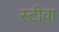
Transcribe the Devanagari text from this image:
स्टीवा